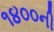
૧૪૦૦ની